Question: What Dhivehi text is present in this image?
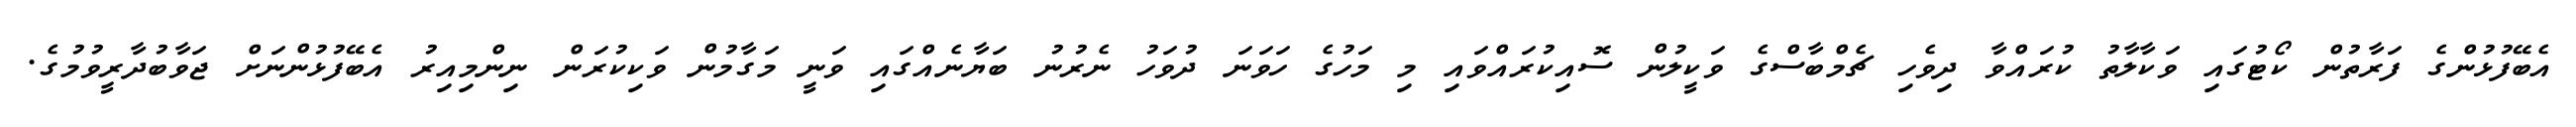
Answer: އެބޭފުޅުންގެ ފަރާތުން ކޯޓުގައި ވަކާލާތު ކުރައްވާ ދިވެހި ޗެމްބާސްގެ ވަކީލުން ސޮއިކުރައްވައި މި މަހުގެ ހަވަނަ ދުވަހު ނެރުނު ބަޔާނެއްގައި ވަނީ މަގާމުން ވަކިކުރަން ނިންމިއިރު އެބޭފުޅުންނަށް ޖަވާބުދާރީވުމުގެ.